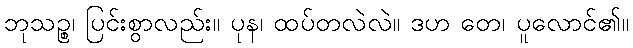
ဘုသဉ္စ၊ ပြင်းစွာလည်း။ ပုန၊ ထပ်တလဲလဲ။ ဒဟ တေ၊ ပူလောင်၏။